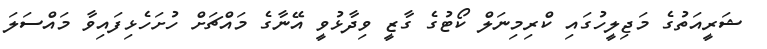
ޝަރީއަތުގެ މަޖިލީހުގައި ކްރިމިނަލް ކޯޓުގެ ގާޒީ ވިދާޅުވީ އޭނާގެ މައްޗަށް ހުށަހެޅިފައިވާ މައްސަލަ